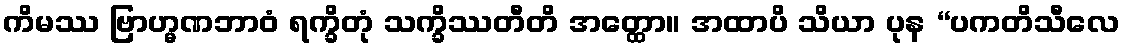
ကိမဿ ဗြာဟ္မဏဘာဝံ ရက္ခိတုံ သက္ခိဿတီတိ အတ္ထော။ အထာပိ သိယာ ပုန “ပကတိသီလေ